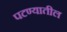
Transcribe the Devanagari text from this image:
पटण्यातील